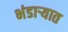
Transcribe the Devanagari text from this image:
भंडाऱ्यात